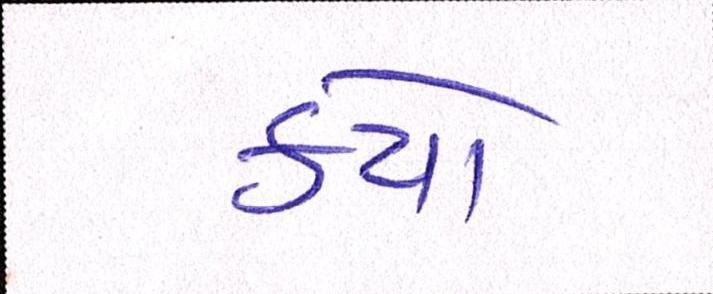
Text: કયો